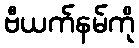
ဗီယက်နမ်ကို